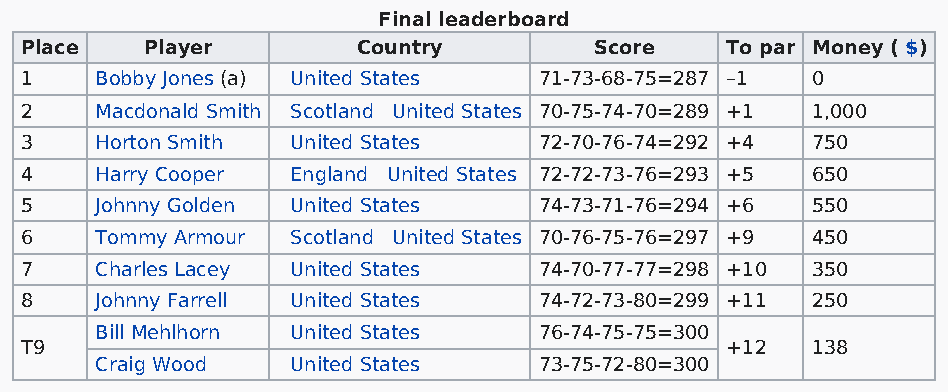
Final leaderboard
 Place    Player        Country        Score    To par Money ( $)
 1    Bobby Jones (a) United States 71-73-68-75=287 –1 0
 2    Macdonald Smith Scotland United States 70-75-74-70=289 +1 1,000
 3    Horton Smith United States    72-70-76-74=292 +4 750
 4    Harry Cooper England United States 72-72-73-76=293 +5 650
 5    Johnny Golden United States   74-73-71-76=294 +6 550
 6    Tommy Armour Scotland United States 70-76-75-76=297 +9 450
 7    Charles Lacey United States   74-70-77-77=298 +10 350
 8    Johnny Farrell United States  74-72-73-80=299 +11 250
 Bill Mehlhorn United States   76-74-75-75=300
 T9                                             +12   138
 Craig Wood   United States    73-75-72-80=300